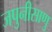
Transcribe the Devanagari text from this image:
जपुनीसाणु